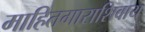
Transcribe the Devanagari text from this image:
माहितगाराशिवाय